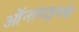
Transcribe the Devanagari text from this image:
ऑनलाइनके